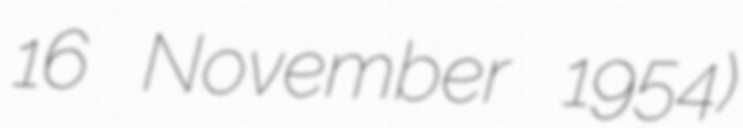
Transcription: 16 November 1954)